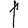
Digit: 1